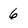
Character: 6